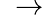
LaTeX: \ \rightarrow